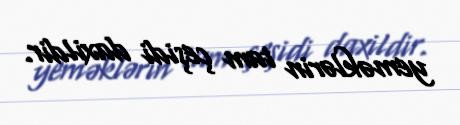
yeməklərin tam çeşidi daxildir.